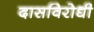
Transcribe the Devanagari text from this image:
दासविरोधी